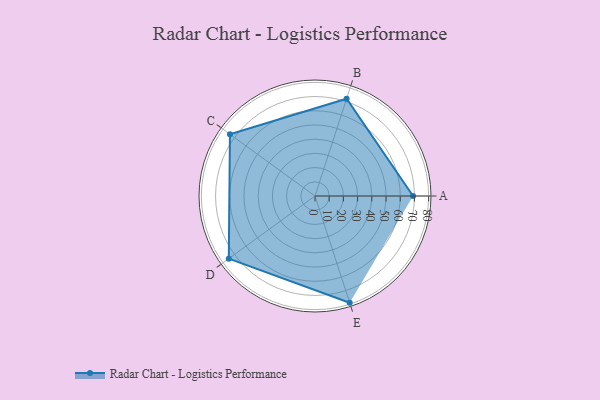
{"axis": {"x": "Skill", "y": "Score"}, "legend": ["Profile"], "data": [{"x": "A", "y": 69.0, "type": "Profile"}, {"x": "B", "y": 72.0, "type": "Profile"}, {"x": "C", "y": 74.0, "type": "Profile"}, {"x": "D", "y": 75.0, "type": "Profile"}, {"x": "E", "y": 79.0, "type": "Profile"}]}